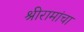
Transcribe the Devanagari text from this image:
श्रीरामांचा